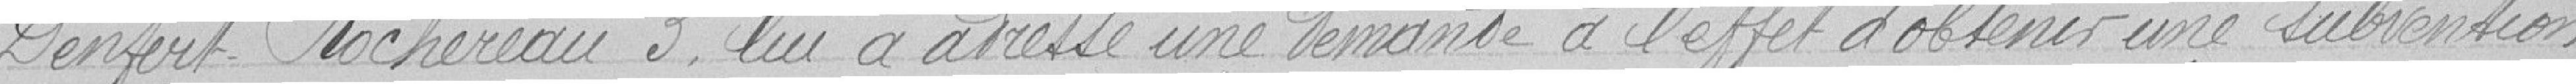
Denfert Rochereau 3, lui a adressé une demande à l'effet d'obtenir une subvention